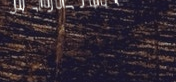
مقهى روق يطل على البحر وي